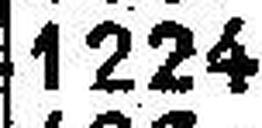
1224